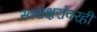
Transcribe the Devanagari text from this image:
स्वराक्षरांवरही